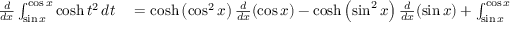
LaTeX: \begin{array} { r l } { { \frac { d } { d x } } \int _ { \sin x } ^ { \cos x } \cosh t ^ { 2 } \, d t } & { { } = \cosh \left( \cos ^ { 2 } x \right) { \frac { d } { d x } } ( \cos x ) - \cosh \left( \sin ^ { 2 } x \right) { \frac { d } { d x } } ( \sin x ) + \int _ { \sin x } ^ { \cos x } { \frac { \partial } { \partial x } } \left( \cosh t ^ { 2 } \right) d t } \end{array}